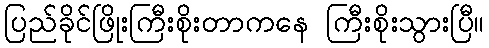
ပြည်ခိုင်ဖြိုးကြီးစိုးတာကနေ ကြီးစိုးသွားပြီ။